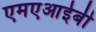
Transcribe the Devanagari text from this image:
एमएआईबी